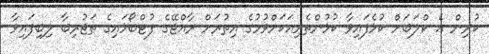
ކުރިން އެ ކްލަބަށް ކުޅެފައިވާ ކުޅުންތެރިއަކަށްވުމުގެ އިތުރަށް ރާއްޖޭގެ ފުޓްބޯޅައިގެ ތަޖުރިބާ ލިބިފައިވާ